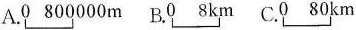
A.0 800000m B.0 8km C.0 80km